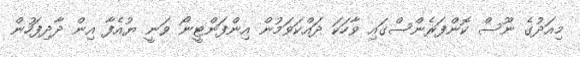
މިއަދުގެ ނޫސް ކޮންފަރެންސްގައި ވާހަކަ ދައްކަވަމުން އިންފަންޓީނޯ ވަނީ ޔުއެފާ އިން ދާދިފަހުން